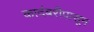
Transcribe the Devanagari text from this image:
कादंबरीपासून